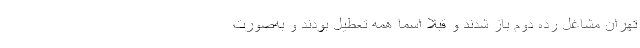
تهران مشاغل رده دوم باز شدند و قبلا اسما همه تعطیل بودند و به‌صورت